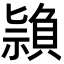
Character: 𥛤